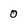
Character: 0